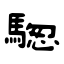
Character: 騘